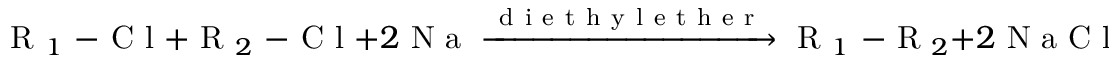
\mathrm { ~ R ~ } _ { 1 } \mathrm { ~ - ~ C ~ l ~ } + \mathrm { ~ R ~ } _ { 2 } \mathrm { ~ - ~ C ~ l ~ } + 2 \mathrm { ~ N ~ a ~ } \xrightarrow [ ] { \mathrm { ~ d ~ i ~ e ~ t ~ h ~ y ~ l ~ e ~ t ~ h ~ e ~ r ~ } } \mathrm { ~ R ~ } _ { 1 } \mathrm { ~ - ~ R ~ } _ { 2 } + 2 \mathrm { ~ N ~ a ~ C ~ l ~ } ,